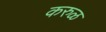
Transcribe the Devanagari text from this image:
करुळ